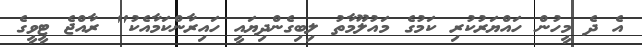
އެ ދެ މީހުން ހައްޔަރުކުރި ކަމުގެ މައުލޫމާތު ލިބިގެންދިޔައީ ހައިރާންކަމާއެކު" ރާއްޖެ ޓީވީގެ